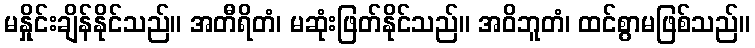
မနှိုင်းချိန်နိုင်သည်။ အတီရိတံ၊ မဆုံးဖြတ်နိုင်သည်။ အဝိဘူတံ၊ ထင်စွာမဖြစ်သည်။